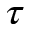
\tau